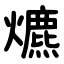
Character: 爊